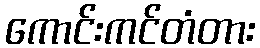
ကောင်းကင်တံတား